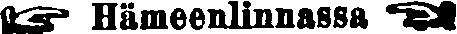
☛ Hämeenlinnassa ☚